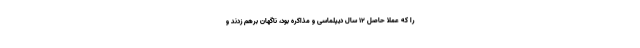
را که عملا حاصل ۱۲ سال دیپلماسی و مذاکره‌ بود، ناگهان برهم زدند و